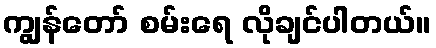
ကျွန်တော် စမ်းရေ လိုချင်ပါတယ်။